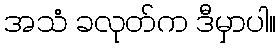
အသံ ခလုတ်က ဒီမှာပါ။